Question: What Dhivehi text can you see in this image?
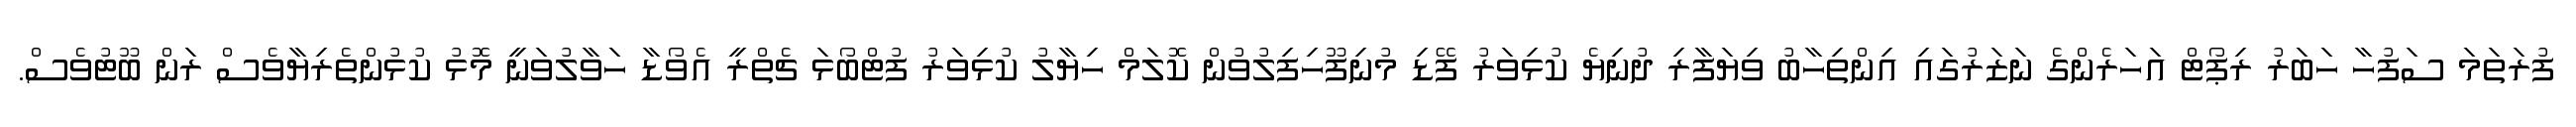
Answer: ފުރަތަމަ ސަފުހާ ހަބަރު ރިޕޯޓް އަހަރެންގެ ނަޒަރުގައި އިންތިހާބު ވިޔަފާރި ދުނިޔެ ކުޅިވަރު ފޭޑި މުނިފޫހިފިލުވުން ކޮލަމް ހިޔާލު ކުޅިވަރު ފުޓްބޯޅަ ޗެތްރީ އެވޯޑާ ހަވާލުވަނީ މޮޅު ކުޅުންތެރިޔާވެސް ރަން ބޫޓުވެސް.